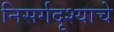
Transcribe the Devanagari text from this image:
निसर्गदृश्याचे